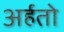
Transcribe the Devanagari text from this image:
अर्हतो